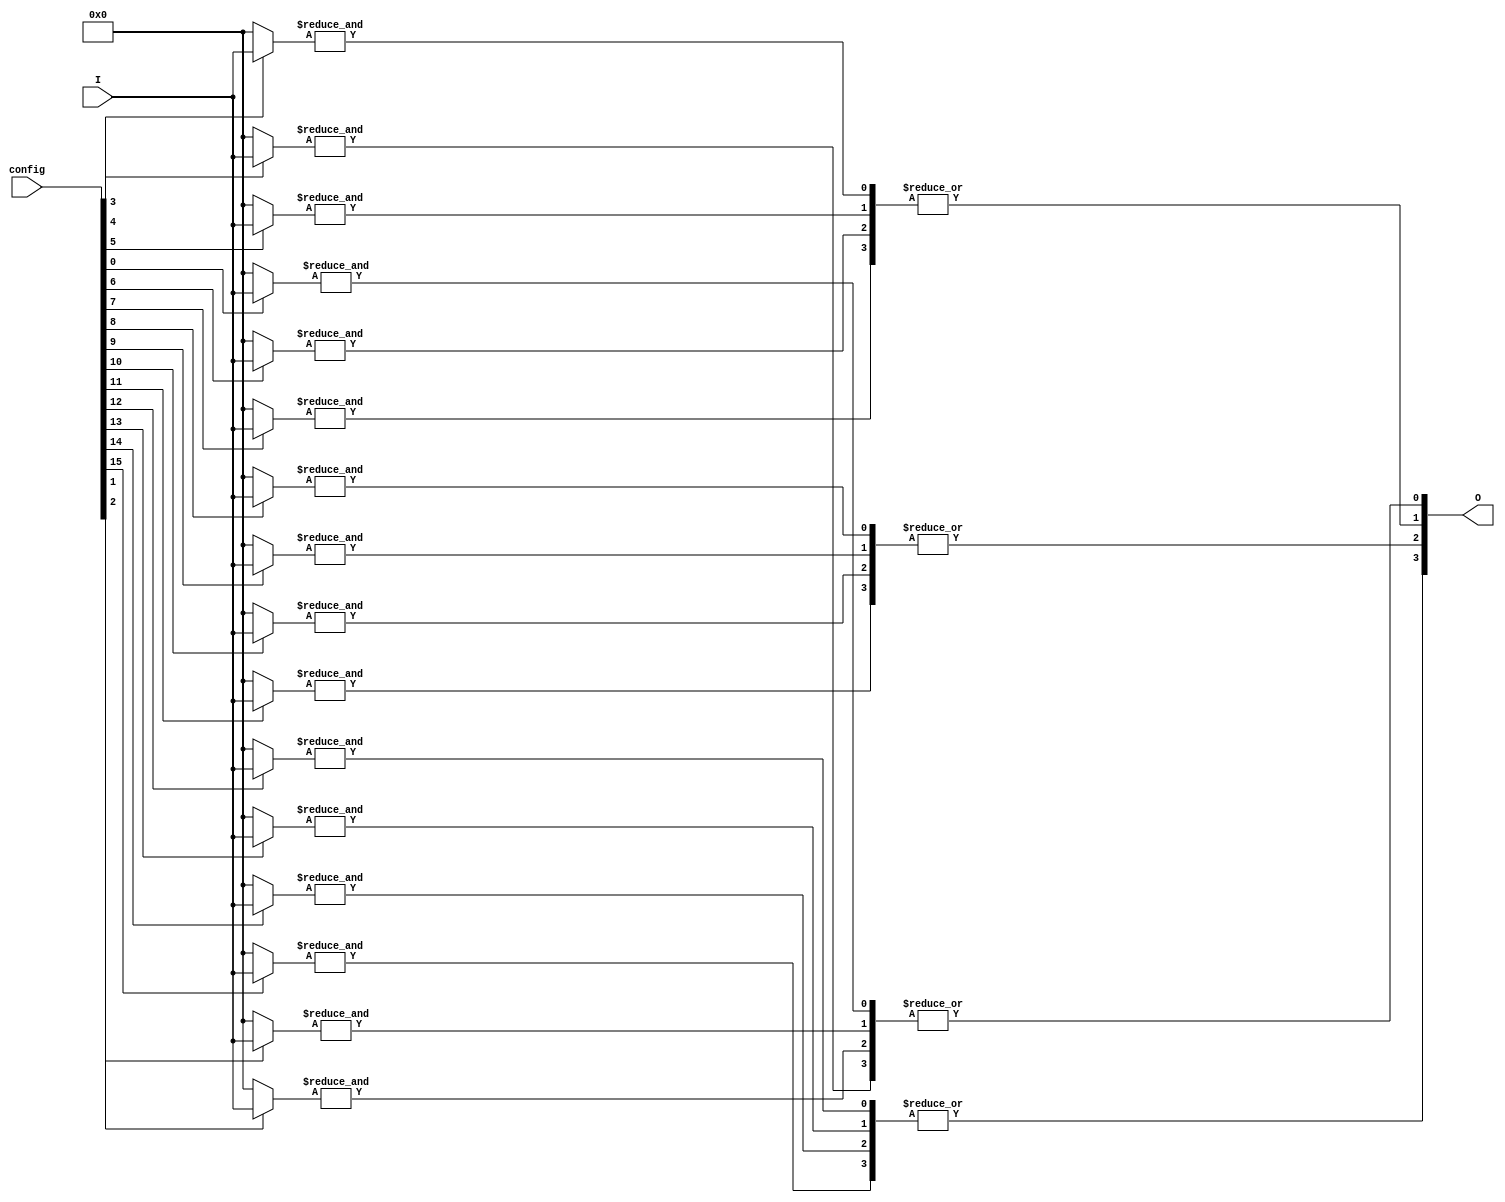
module GAL (
    input wire [N-1:0] I,        // Input lines (N inputs)
    input wire [M-1:0] config,   // Configuration memory (M bits for AND/OR configuration)
    output wire [P-1:0] O        // Output lines (P outputs)
);
    parameter N = 8;             // Number of input lines
    parameter M = 16;            // Number of AND gates (configurable)
    parameter P = 4;             // Number of output lines

    // Internal signals for AND gates
    wire [M-1:0] and_out;        // Outputs from AND gates
    wire [P-1:0] or_out;         // Outputs from OR gates

    // AND Plane: Generate product terms based on configuration
    genvar i, j;
    generate
        for (i = 0; i < M; i = i + 1) begin : and_plane
            wire [N-1:0] and_inputs;
            assign and_inputs = (config[i] == 1'b1) ? I : {N{1'b0}}; // Example logic for AND gate inputs
            assign and_out[i] = &and_inputs; // AND operation
        end
    endgenerate

    // OR Plane: Combine outputs of AND gates
    generate
        for (j = 0; j < P; j = j + 1) begin : or_plane
            assign or_out[j] = |(and_out[j * (M/P):(j + 1) * (M/P) - 1]); // OR operation
        end
    endgenerate

    // Assign final outputs
    assign O = or_out;

endmodule